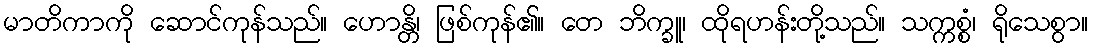
မာတိကာကို ဆောင်ကုန်သည်။ ဟောန္တိ၊ ဖြစ်ကုန်၏။ တေ ဘိက္ခူ၊ ထိုရဟန်းတို့သည်။ သက္ကစ္စံ၊ ရိုသေစွာ။